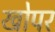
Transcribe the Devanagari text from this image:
खोपर